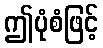
ဤပုံစံဖြင့်